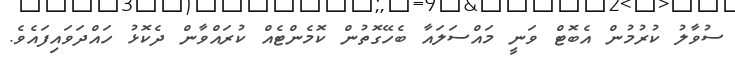
ސުވާލު ކުރުމުން އެބޮޓް ވަނީ މައްސަލައާ ބެހޭގޮތުން ކޮމެންޓެއް ކުރައްވާން ދެކޮޅު ހައްދަވައިފައެވެ.